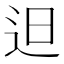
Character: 𨑨